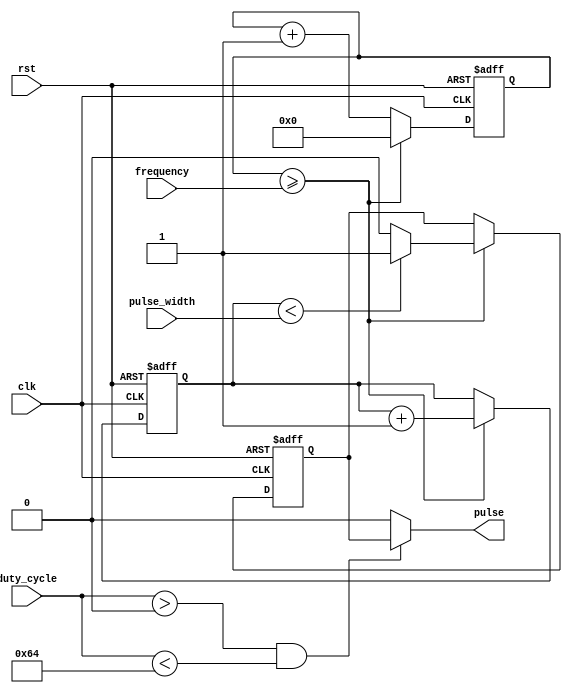
module Programmable_Pulse_Generator (
    input wire clk,
    input wire rst,
    input wire [31:0] pulse_width,
    input wire [31:0] frequency,
    input wire [7:0] duty_cycle,
    output wire pulse
);

reg [31:0] counter = 0; // counter for frequency
reg [31:0] pulse_counter = 0; // counter for pulse width
reg pulse_out = 0; // output pulse signal

always @(posedge clk or negedge rst) begin
    if (!rst) begin
        counter <= 0;
        pulse_counter <= 0;
        pulse_out <= 0;
    end else begin
        counter <= counter + 1;
        if (counter >= frequency) begin
            counter <= 0;
            pulse_counter <= pulse_counter + 1;
            pulse_out <= (pulse_counter < pulse_width) ? 1 : 0;
        end
    end
end

assign pulse = (duty_cycle > 0 && duty_cycle < 100) ? (pulse_out == 1) : 0;

endmodule